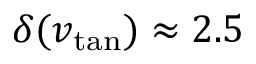
\delta ( v _ { \mathrm { t a n } } ) \approx 2 . 5